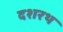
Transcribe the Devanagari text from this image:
दशरथ